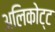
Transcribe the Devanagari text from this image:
अलिकोट्ट